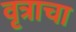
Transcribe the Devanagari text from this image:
वृत्राचा